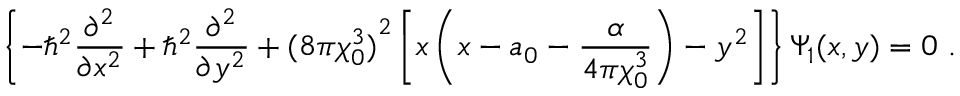
\left\{ - \hbar ^ { 2 } \frac { \partial ^ { 2 } } { \partial x ^ { 2 } } + \hbar ^ { 2 } \frac { \partial ^ { 2 } } { \partial y ^ { 2 } } + { ( 8 \pi \chi _ { 0 } ^ { 3 } ) } ^ { 2 } \left[ x \left( x - a _ { 0 } - \frac { \alpha } { 4 \pi \chi _ { 0 } ^ { 3 } } \right) - y ^ { 2 } \right] \right\} \Psi _ { 1 } ( x , y ) = 0 ~ .